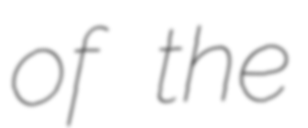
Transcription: of the